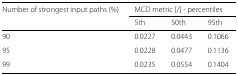
<table><thead><tr><td><b>Number of strongest input paths (%)</b></td><td colspan="3"><b>MCD metric [/] - percentiles</b></td></tr><tr><td></td><td><b>5th</b></td><td><b>50th</b></td><td><b>95th</b></td></tr></thead><tbody><tr><td>90</td><td>0.0227</td><td>0.0443</td><td>0.1066</td></tr><tr><td>95</td><td>0.0228</td><td>0.0477</td><td>0.1136</td></tr><tr><td>99</td><td>0.0235</td><td>0.0554</td><td>0.1404</td></tr></tbody></table>